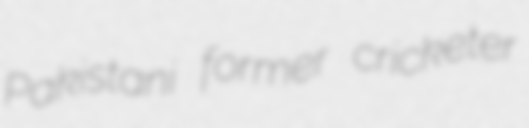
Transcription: Pakistani former cricketer